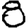
Digit: 8